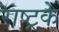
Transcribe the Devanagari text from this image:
राष्ट्रके